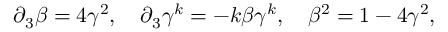
{ \partial } _ { 3 } \beta = 4 { \gamma } ^ { 2 } , ~ ~ ~ { \partial } _ { 3 } { \gamma } ^ { k } = - k \beta { \gamma } ^ { k } , ~ ~ ~ { \beta } ^ { 2 } = 1 - 4 { \gamma } ^ { 2 } ,